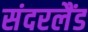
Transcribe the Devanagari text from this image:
संदरलैंड